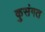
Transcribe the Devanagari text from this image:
कुसंगत